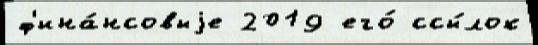
ф'ина́нсовыjе 2019 его́ ссы́лок